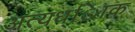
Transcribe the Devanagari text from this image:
अत्यध्ािक